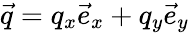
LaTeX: \vec{q}=q_{x}\vec{e}_{x}+q_{y}\vec{e}_{y}